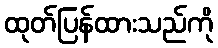
ထုတ်ပြန်ထားသည်ကို